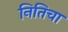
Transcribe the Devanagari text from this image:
नितिचा